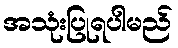
အသုံးပြုရပါမည်